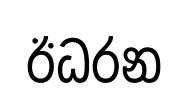
ඊධරන